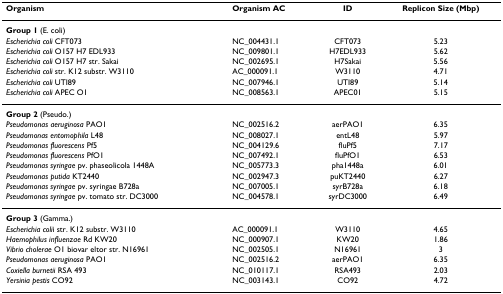
| Organism | Organism AC | ID | Replicon Size (Mbp) |
 | --- | --- | --- | --- |
 | Group 1 (E. coli) |  |  |  |
 | Escherichia coli CFT073 | NC_004431.1 | CFT073 | 5.23 |
 | Escherichia coli O157 H7 EDL933 | NC_009801.1 | H7EDL933 | 5.62 |
 | Escherichia coli O157 H7 str. Sakai | NC_002695.1 | H7Sakai | 5.56 |
 | Escherichia coli str. K12 substr. W3110 | AC_000091.1 | W3110 | 4.71 |
 | Escherichia coli UTI89 | NC_007946.1 | UTI89 | 5.14 |
 | Escherichia coli APEC O1 | NC_008563.1 | APEC01 | 5.15 |
 | Group 2 (Pseudo.) |  |  |  |
 | Pseudomonas aeruginosa PAO1 | NC_002516.2 | aerPAO1 | 6.35 |
 | Pseudomonas entomophila L48 | NC_008027.1 | entL48 | 5.97 |
 | Pseudomonas fluorescens Pf5 | NC_004129.6 | fluPf5 | 7.17 |
 | Pseudomonas fluorescens PfO1 | NC_007492.1 | fluPfO1 | 6.53 |
 | Pseudomonas syringae pv. phaseolicola 1448A | NC_005773.3 | pha1448a | 6.01 |
 | Pseudomonas putida KT2440 | NC_002947.3 | puKT2440 | 6.27 |
 | Pseudomonas syringae pv. syringae B728a | NC_007005.1 | syrB728a | 6.18 |
 | Pseudomonas syringae pv. tomato str. DC3000 | NC_004578.1 | syrDC3000 | 6.49 |
 | Group 3 (Gamma.) |  |  |  |
 | Escherichia colii str. K12 substr. W3110 | AC_000091.1 | W3110 | 4.65 |
 | Haemophilus influenzae Rd KW20 | NC_000907.1 | KW20 | 1.86 |
 | Vibrio cholerae O1 biovar eltor str. N16961 | NC_002505.1 | N16961 | 3 |
 | Pseudomonas aeruginosa PAO1 | NC_002516.2 | aerPAO1 | 6.35 |
 | Coxiella burnetii RSA 493 | NC_010117.1 | RSA493 | 2.03 |
 | Yersinia pestis CO92 | NC_003143.1 | CO92 | 4.72 |